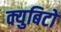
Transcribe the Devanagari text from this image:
क्युबिटों